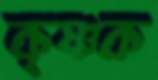
কৃষ্ণক